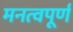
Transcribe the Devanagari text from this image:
मनत्वपूर्ण